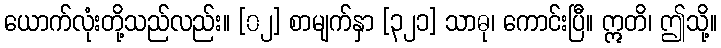
ယောက်လုံးတို့သည်လည်း။ [၀၂] စာမျက်နှာ [၃၂၁] သာဓု၊ ကောင်းပြီ။ ဣတိ၊ ဤသို့။